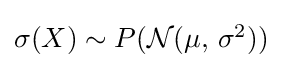
{\textstyle \sigma (X)\sim P({\mathcal {N}}(\mu ,\,\sigma ^{2}))}